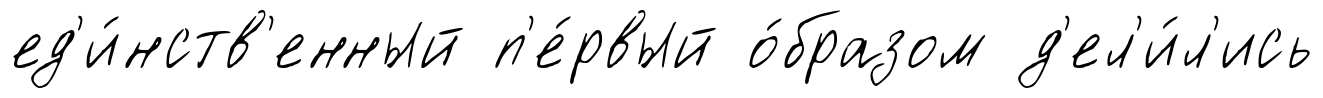
ед'и́нств'енный п'е́рвый о́бразом д'ел'и́л'ись